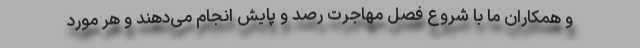
و همکاران ما با شروع فصل مهاجرت رصد و پایش انجام می‌دهند و هر مورد